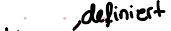
definiert